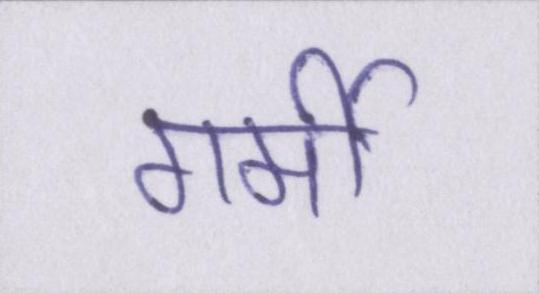
गर्मी